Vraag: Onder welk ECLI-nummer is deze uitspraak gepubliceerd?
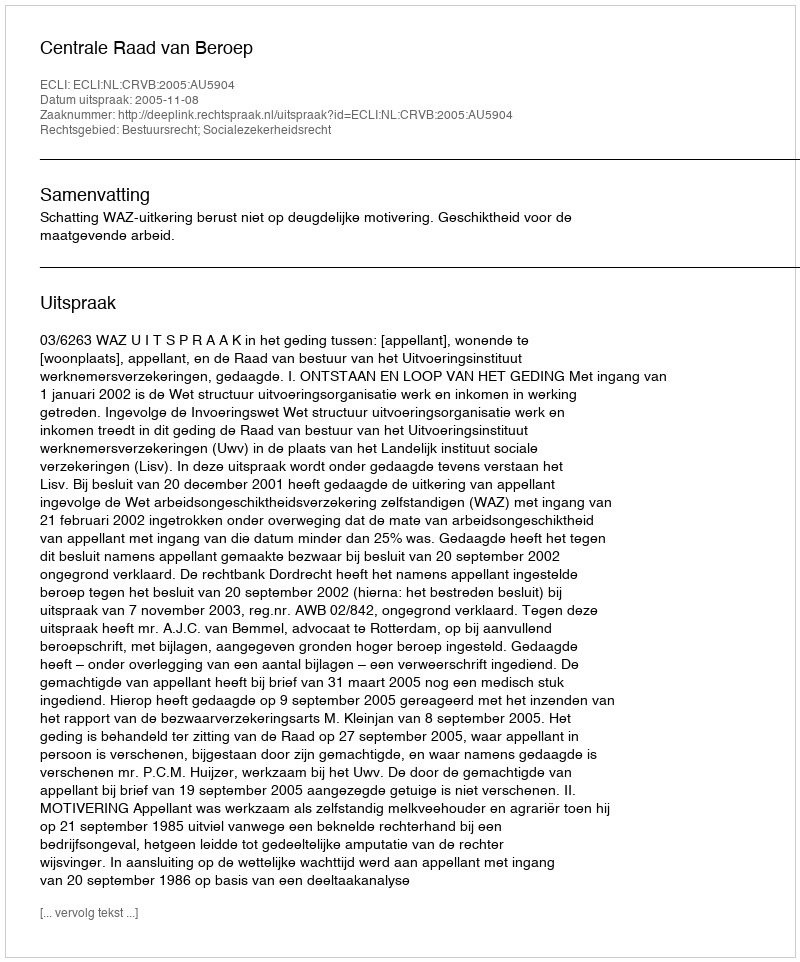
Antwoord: ECLI:NL:CRVB:2005:AU5904